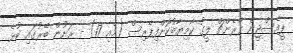
ޕީއެސްޖީން ފްރެންޗް ލީގު ކާމިޔާބުކޮށްފިޕެރިސް (މެއި 17) - ރަށުން ބޭރުގައި ކުޅެ